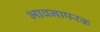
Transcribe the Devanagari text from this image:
भावनापरक